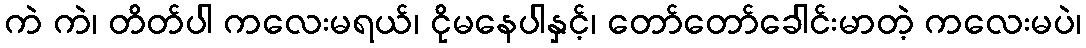
ကဲ ကဲ၊ တိတ်ပါ ကလေးမရယ်၊ ငိုမနေပါနှင့်၊ တော်တော်ခေါင်းမာတဲ့ ကလေးမပဲ၊